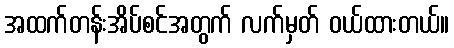
အထက်တန်းအိပ်စင်အတွက် လက်မှတ် ဝယ်ထားတယ်။